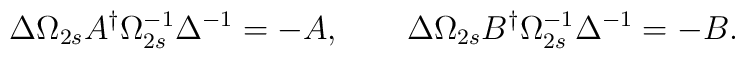
\Delta\Omega_{2s}A^{\dagger}\Omega_{2s}^{-1}\Delta^{-1}=-A,\qquad\Delta\Omega_{2s}B^{\dagger}\Omega_{2s}^{-1}\Delta^{-1}=-B.